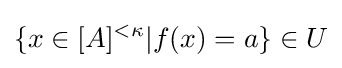
\{x\in [A]^{<\kappa }|f(x)=a\}\in U